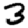
Digit: 3